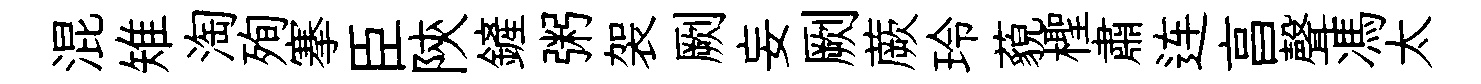
混雉淘殉搴臣陝鏟粥袈劂妄劂蕨玲藐檉肅连亯聲馮太